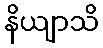
နိယျာသိ